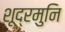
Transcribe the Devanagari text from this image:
शूद्रमुनि